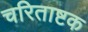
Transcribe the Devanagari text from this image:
चरिताष्टक